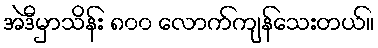
အဲဒီမှာသိန်း ၈၀၀ လောက်ကျန်သေးတယ်။